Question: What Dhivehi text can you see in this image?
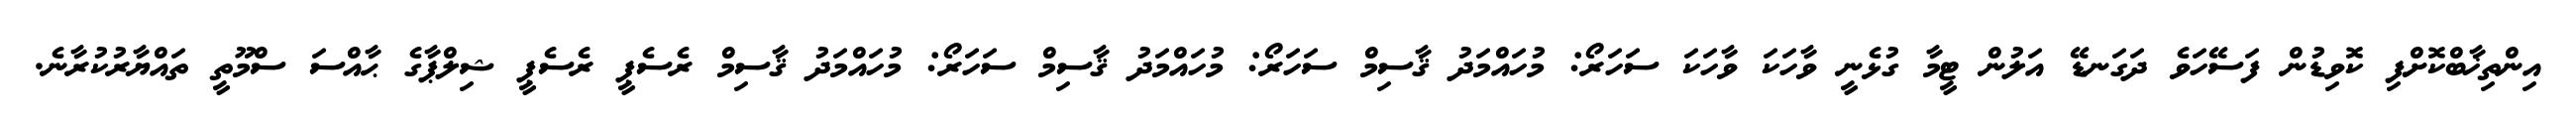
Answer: އިންތިޚާބްކޮށްފި ކޮވިޑުން ފަސޭހަވެ ދަގަނޑޭ އަލުން ޓީމާ ގުޅެނީ ވާހަކަ ވާހަކަ ސަހަރޯ: މުހައްމަދު ޤާސިމް ސަހަރޯ: މުހައްމަދު ޤާސިމް ސަހަރޯ: މުހައްމަދު ޤާސިމް ރެސެޕީ ރެސެޕީ ޝިލްޕާގެ ޙާއްސަ ސްމޫތީ ތައްޔާރުކުރާނެ.